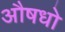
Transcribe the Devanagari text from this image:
औषधो